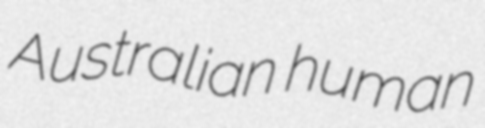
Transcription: Australian human